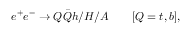
e ^ { + } e ^ { - } \to Q \bar { Q } h / H / A \qquad [ Q = t , b ] ,